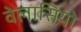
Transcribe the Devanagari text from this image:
वेलासियो